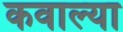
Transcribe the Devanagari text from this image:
कवाल्या